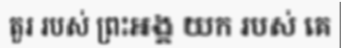
តួរ របស់ ព្រះអង្គ យក របស់ គេ